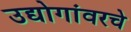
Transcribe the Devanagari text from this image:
उद्योगांवरचे